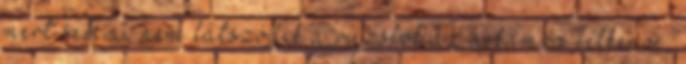
mert semmi nem látszódik a rúzsból az ajkamra felkenve,